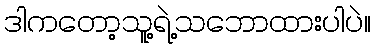
ဒါကတော့သူ့ရဲ့သဘောထားပါပဲ။